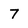
Character: 7